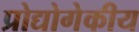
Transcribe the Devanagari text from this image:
प्रोद्योगेकीय